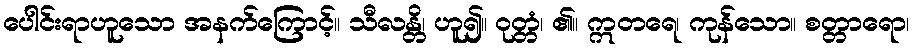
ပေါင်းရာဟူသော အနက်ကြောင့်။ သီလန္တိ၊ ဟူ၍။ ဝုတ္တံ၊ ၏။ ဣတရေ၊ ကုန်သော။ စတ္တာရော၊